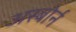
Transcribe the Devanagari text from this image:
अस्बोर्न